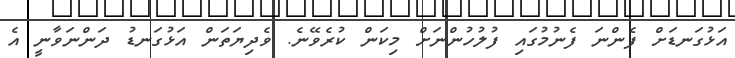
އަޅުގަނޑަށް ފެންނަ ފެނުމުގައި ފުލުހުންނަށް މިކަން ކުރެވޭނެ. ވެދިޔަތަން އަޅުގަނޑު ދަންނަވާނީ އެ